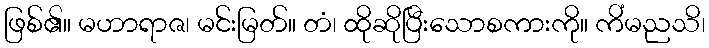
ဖြစ်၏။ မဟာရာဇ၊ မင်းမြတ်။ တံ၊ ထိုဆိုပြီးသောစကားကို။ ကိံမညသိ၊